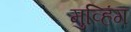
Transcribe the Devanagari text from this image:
मुव्हिंग